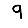
Digit: 9